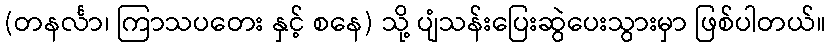
(တနင်္လာ၊ ကြာသပတေး နှင့် စနေ) သို့ ပျံသန်းပြေးဆွဲပေးသွားမှာ ဖြစ်ပါတယ်။